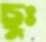
ছুঃ